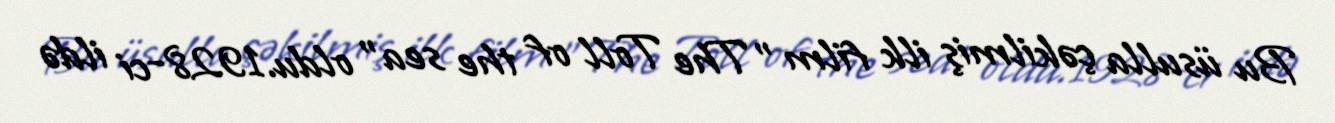
Bu üsulla çəkilmiş ilk film "The Toll of the sea" oldu.1928-ci ildə